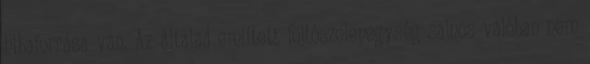
hibaforrása van. Az általad említett fojtószelepegység sajnos valóban nem